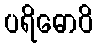
ပရိဓောဝိ